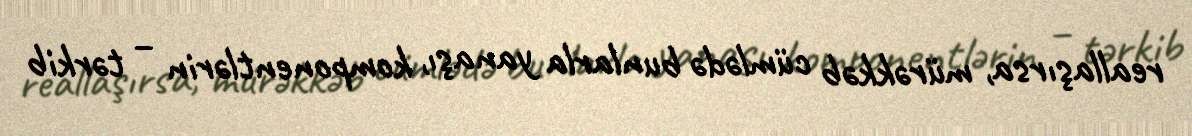
reallaşırsa, mürəkkəb cümlədə bunlarla yanaşı, komponentlərin – tərkib